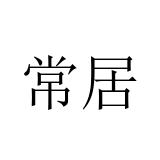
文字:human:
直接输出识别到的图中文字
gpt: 常居